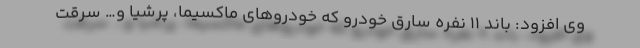
وی افزود: باند ۱۱ نفره سارق خودرو که خودروهای ماکسیما، پرشیا و… سرقت